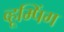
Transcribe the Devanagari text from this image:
व्हूम्पिंग